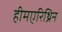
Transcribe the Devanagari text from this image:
हीमएरिथ्रिन